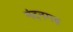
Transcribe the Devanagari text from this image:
नंदनगढ़